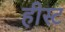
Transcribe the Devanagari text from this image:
हीस्ट